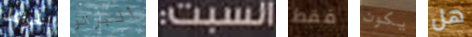
الخرائط ألبرتو السبت: فقط يكون هل